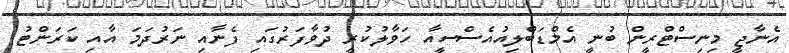
އެނާޖީ މިނިސްޓްރީން ބުނީ އެމްޑަބްލިއުއެސްސީއާ ހަވާލުކުރީ ދުވާފަރުގައި ފެނާއި ނަރުދަމަ އާއި ކަރަންޓު